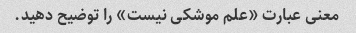
معنی عبارت «علم موشکی نیست» را توضیح دهید.